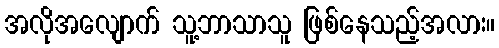
အလိုအလျောက် သူ့ဘာသာသူ ဖြစ်နေသည့်အလား။